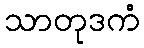
သာတုဒကံ